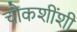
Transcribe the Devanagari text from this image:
चौकशींशी